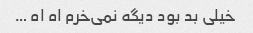
خیلی بد بود دیگه نمی‌خرم اه اه …